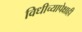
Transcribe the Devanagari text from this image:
विधीच्यापेक्षाही